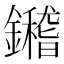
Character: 𨯀